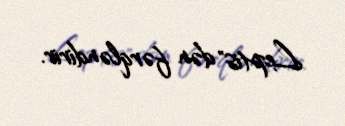
Leptis" dən fərqləndirir.